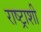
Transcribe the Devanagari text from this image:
राष्ट्राशी